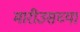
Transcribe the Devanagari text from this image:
मारीउसच्या